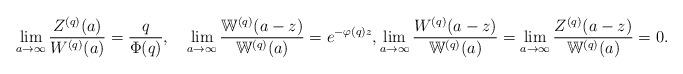
LaTeX: \begin{align*}\lim_{a\to\infty}\frac{Z^{(q)}(a)}{W^{(q)}(a)}=\frac{q}{\Phi(q)}, \quad\lim_{a\to\infty}\frac{\mathbb{W}^{(q)}(a-z)}{\mathbb{W}^{(q)}(a)}=e^{-\varphi(q)z}, \lim_{a\to\infty}\frac{W^{(q)}(a-z)}{\mathbb{W}^{(q)}(a)}=\lim_{a\to\infty}\frac{Z^{(q)}(a-z)}{\mathbb{W}^{(q)}(a)}=0.\end{align*}